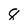
Character: 8